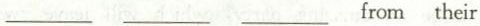
___ ___ ___ from their